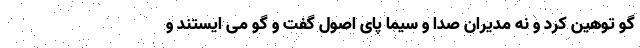
گو توهین کرد و نه مدیران صدا و سیما پای اصول گفت و گو می ایستند و